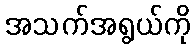
အသက်အရွယ်ကို